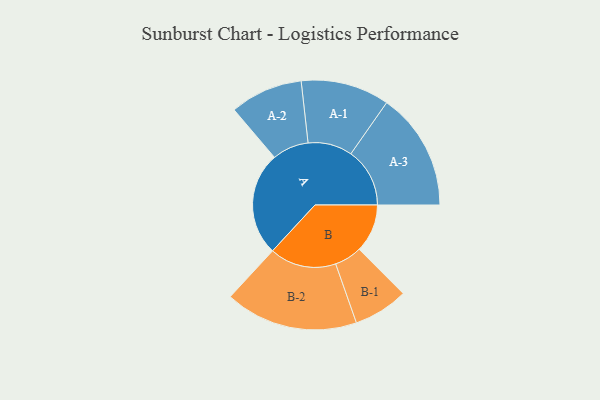
{"axis": {"x": "Segment", "y": "Value"}, "legend": ["", "A", "B"], "data": [{"x": "A", "y": 447, "type": ""}, {"x": "B", "y": 208, "type": ""}, {"x": "A-1", "y": 191, "type": "A"}, {"x": "A-2", "y": 157, "type": "A"}, {"x": "A-3", "y": 254, "type": "A"}, {"x": "B-1", "y": 118, "type": "B"}, {"x": "B-2", "y": 287, "type": "B"}]}